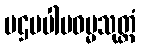
ပဌမပါပဓမ္မသုတ္တံ